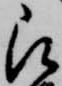
被